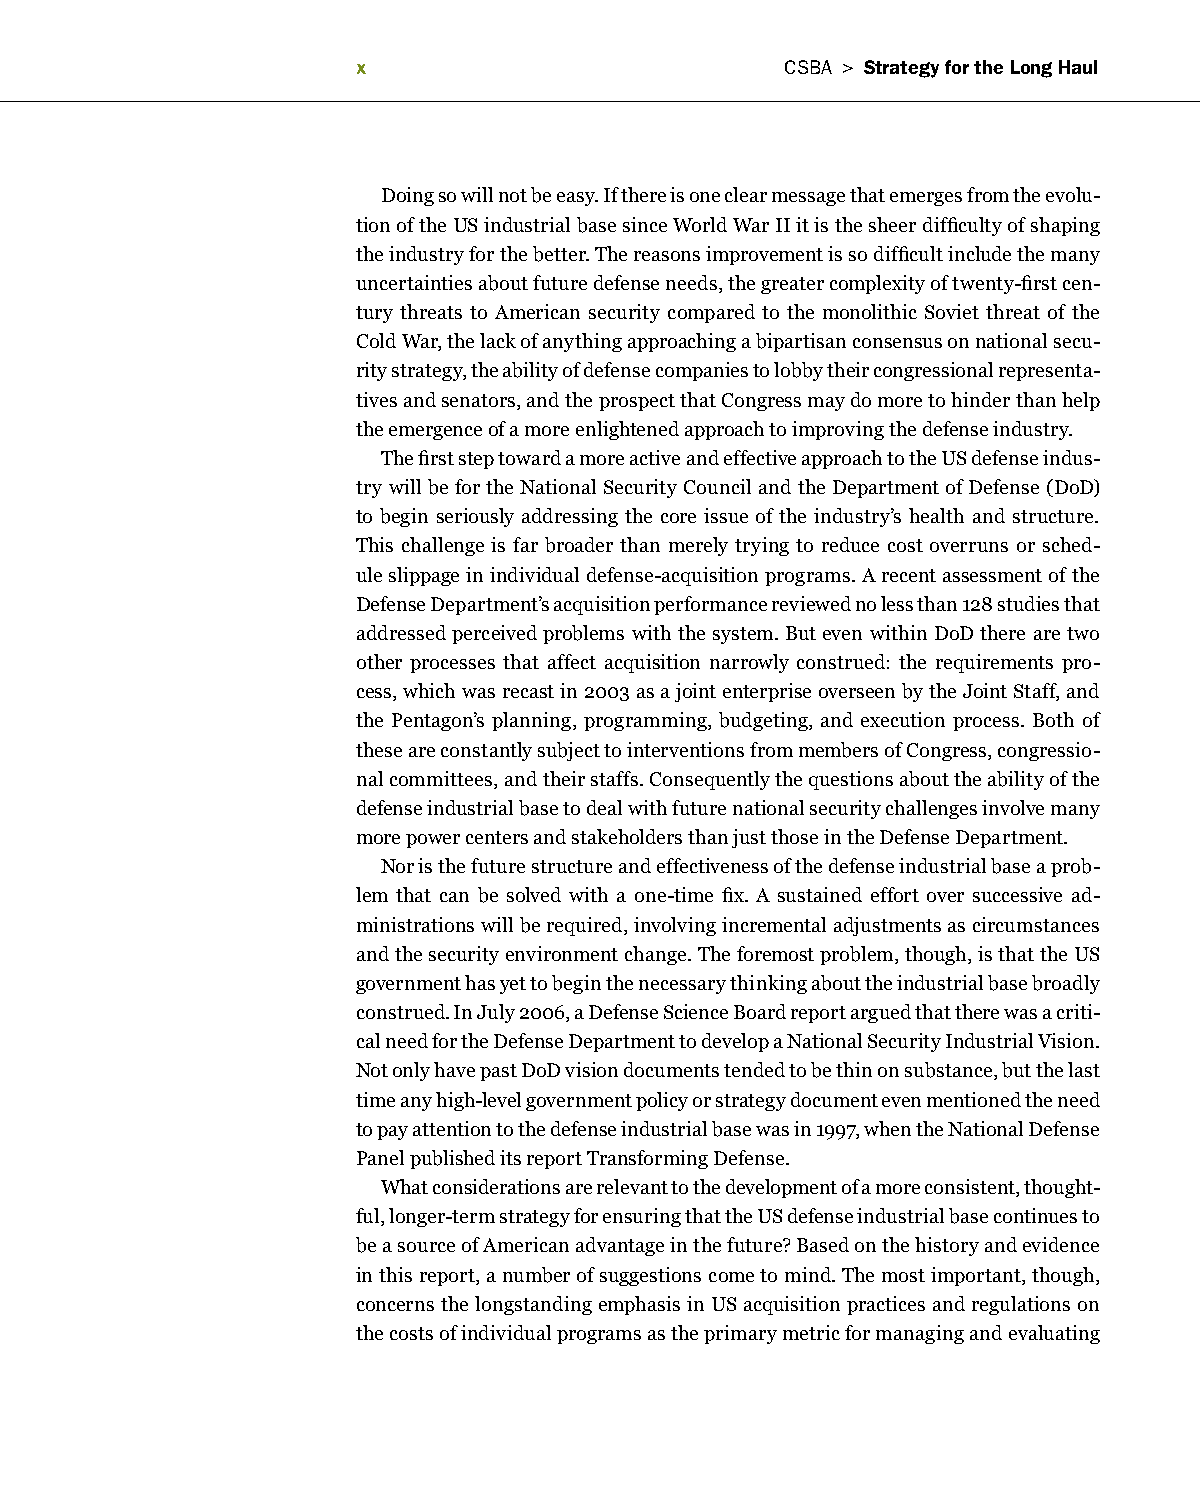
x                           CSBa > Strategy for the long haul
 Doing so will not be easy. If there is one clear message that emerges from the evolu-
 tion of the US industrial base since World War II it is the sheer difficulty of shaping
 the industry for the better. The reasons improvement is so difficult include the many
 uncertainties about future defense needs, the greater complexity of twenty-first cen-
 tury threats to American security compared to the monolithic Soviet threat of the
 Cold War, the lack of anything approaching a bipartisan consensus on national secu-
 rity strategy, the ability of defense companies to lobby their congressional representa-
 tives and senators, and the prospect that Congress may do more to hinder than help
 the emergence of a more enlightened approach to improving the defense industry.
 The first step toward a more active and effective approach to the US defense indus-
 try will be for the National Security Council and the Department of Defense (DoD)
 to begin seriously addressing the core issue of the industry’s health and structure.
 This challenge is far broader than merely trying to reduce cost overruns or sched-
 ule slippage in individual defense-acquisition programs. A recent assessment of the
 Defense Department’s acquisition performance reviewed no less than 128 studies that
 addressed perceived problems with the system. But even within DoD there are two
 other processes that affect acquisition narrowly construed: the requirements pro-
 cess, which was recast in 2003 as a joint enterprise overseen by the Joint Staff, and
 the Pentagon’s planning, programming, budgeting, and execution process. Both of
 these are constantly subject to interventions from members of Congress, congressio-
 nal committees, and their staffs. Consequently the questions about the ability of the
 defense industrial base to deal with future national security challenges involve many
 more power centers and stakeholders than just those in the Defense Department.
 Nor is the future structure and effectiveness of the defense industrial base a prob-
 lem that can be solved with a one-time fix. A sustained effort over successive ad-
 ministrations will be required, involving incremental adjustments as circumstances
 and the security environment change. The foremost problem, though, is that the US
 government has yet to begin the necessary thinking about the industrial base broadly
 construed. In July 2006, a Defense Science Board report argued that there was a criti-
 cal need for the Defense Department to develop a National Security Industrial Vision.
 Not only have past DoD vision documents tended to be thin on substance, but the last
 time any high-level government policy or strategy document even mentioned the need
 to pay attention to the defense industrial base was in 1997, when the National Defense
 Panel published its report Transforming Defense.
 What considerations are relevant to the development of a more consistent, thought-
 ful, longer-term strategy for ensuring that the US defense industrial base continues to
 be a source of American advantage in the future? Based on the history and evidence
 in this report, a number of suggestions come to mind. The most important, though,
 concerns the longstanding emphasis in US acquisition practices and regulations on
 the costs of individual programs as the primary metric for managing and evaluating